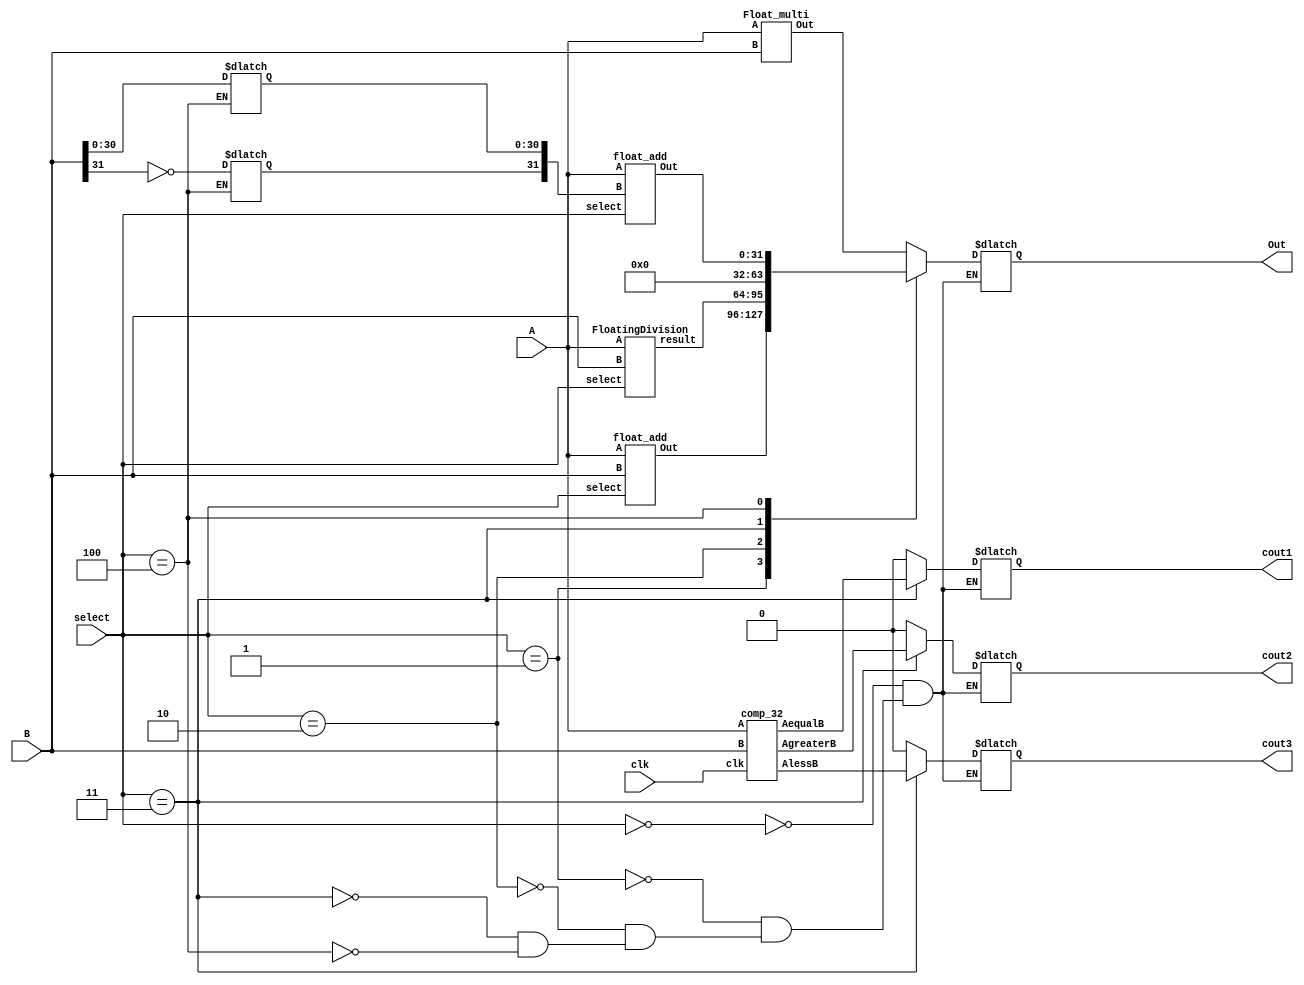
`timescale 1ns / 1ps

//////////////////////////////////////////////////////////////////////////////////

module source(output reg [31:0] Out,
    output reg  cout1,
    output reg  cout2,
    output reg  cout3, 
    input [31:0] A,
    input [31:0] B,
    input [2:0] select,
    input  clk
   
    );
 
wire [31:0] output1,output2,output3,output5;
wire output4,output6,output7;
 
reg [31:0] BS;
Float_multi fm1(output1,A,B);
float_add fa1(output2,A,B,select);
FloatingDivision fd1(A,B,select,output3);
comp_32 c1 (A,B,clk,output4,output6,output7);
float_add fs1(output5,A,BS,select);
 
always@(*)
begin
 
 
    case(select)
 
    3'b000: 
        begin
        Out = output1 ; 
        cout1 = 0;
        cout2 = 0;
        cout3 = 0;      
        end
        
    3'b001:
    begin
        Out = output2;
        cout1 = 0;
        cout2 = 0;
        cout3 = 0;
    end 
       
    3'b010:
    begin
        Out = output3;
        cout1 = 0;//sign
        cout2 = 0;
        cout3 = 0;
    end   
     
    3'b011:
    begin
        Out = 0;
        cout1 = output4;
        cout2 = output6;
        cout3 = output7;
    end 


    3'b100:
        begin
        BS[31] = ~B[31];
        BS[30:0] = B[30:0];
        Out = output5;
        cout1 = 0;
        cout2 = 0;
        cout3 = 0;
        end   
        
       /* default:
        begin 
        Out=32'b0;
        
        BS[31:0] = 0;
        cout1 = 1'b1;
        cout2 = 1'b1;
        cout3 = 1'b1;
        end*/
    endcase
end
   
endmodule

/////////Division////
module FloatingDivision(A,B,select,result);
input [31:0]A;
 input [31:0]B;

 input [2:0] select;
 output [31:0] result;
                         

wire [31:0] temp1,temp2,temp3,temp4,temp5,temp6,temp7,debug;
wire [7:0] Exponent;
wire [31:0] reciprocal;
wire [31:0] x0,x1,x2,x3;


Float_multi M1(.Out(temp1),.A({{1'b0,8'd126,B[22:0]}}),.B(32'h3ff0f0f1)); //verified
assign debug = {1'b1,temp1[30:0]};
float_add A1(.Out(x0),.A(32'h4034b4b5),.B({1'b1,temp1[30:0]}),.select(select));


Float_multi M2(.Out(temp2),.A({{1'b0,8'd126,B[22:0]}}),.B(x0));
float_add A2(.Out(temp3),.A(32'h40000000),.B({!temp2[31],temp2[30:0]}),.select(select));
Float_multi M3(.Out(x1),.A(x0),.B(temp3));


Float_multi M4(.Out(temp4),.A({1'b0,8'd126,B[22:0]}),.B(x1));
float_add A3(.Out(temp5),.A(32'h40000000),.B({!temp4[31],temp4[30:0]}),.select(select));
Float_multi M5(.Out(x2),.A(x1),.B(temp5));


Float_multi M6(.Out(temp6),.A({1'b0,8'd126,B[22:0]}),.B(x2));
float_add A4(.Out(temp7),.A(32'h40000000),.B({!temp6[31],temp6[30:0]}),.select(select));
Float_multi M7(.Out(x3),.A(x2),.B(temp7));


assign Exponent = x3[30:23]+8'd126-B[30:23];
assign reciprocal = {B[31],Exponent,x3[22:0]};


Float_multi M8(.Out(result),.A(A),.B(reciprocal));
endmodule

///////Add_sub/////
module float_add(
    output [31:0]  Out,
    input [31:0] A,
    input [31:0] B,
    input [2:0] select
    );
  
       reg [23:0] A_man,B_man;
       reg [24:0] man_final;
       reg [5:0] add1=0 ; reg [5:0]norm=0;
       reg sign = 0 ;
       reg [7:0] exp_final =0 ;
       wire [7:0] exp_diff,xA,xB;
       wire [23:0] mA,mB;
       wire check,ismsame;
       reg [4:0] i;
       
       
        
       assign mA = {1'b1,A[22:0]};
       assign mB = {1'b1,B[22:0]};
       assign xA = A[30:23];
       assign xB = B[30:23];
               
       assign exp_diff = (xA > xB)? (xA- xB) : (xB - xA);
       assign check = ( mA > mB ) ? 1'b1:1'b0;
       assign ismsame = (mA == mB);
       
       
       always @(*)
       begin
       
        if(A[31] == 0 && B[31] == 0)
        begin  
                    
                    if ((A[30:23] > B[30:23]))
                    begin 
                        A_man <= mA;       
                        B_man <=  mB >> exp_diff;   
                        exp_final = xA;
                    end      
                    else       
                    begin
                            B_man <= mB;
                            A_man <=  mA >> exp_diff;
                            exp_final = xB;
                    end
            
         man_final = A_man + B_man ;         
         
                  if(man_final[24]) 
                  begin
                 add1 = 1;
            man_final =  man_final >> 1;
                  end
                 else
            add1 = 0;
        end
    
        else if (A[31] == 1 && B[31] == 0)
        begin
          
        
            if(A[30:23] == B[30:23])
            begin
                A_man <= mA;
                B_man <= mB;
                exp_final = xA;                
                if( check )
                begin
                    sign = 1;
                    man_final = A_man - B_man;
                end
                else if(ismsame)
                begin
                    
                     man_final = 23'b0;
                     exp_final = 0;
                 end  
                 else
                 begin
                      
                      man_final = B_man - A_man;
                  end
              end
          
              else if ((A[30:23] > B[30:23]))
              begin 
                   A_man <= mA;       
                   B_man <=  mB >> exp_diff;   
                   exp_final = xA;
                   if(A_man > B_man)
                        man_final = A_man - B_man ;
                   else
                        man_final = B_man - A_man ;
                   sign = 1;
              end       
              
                else if(A[30:23]<B[30:23])          
                  begin
                B_man <= mB;
                   A_man <=  mA >> exp_diff;
                   exp_final = xB;
                   
                   if(A_man > B_man)
                   man_final = A_man - B_man ;
                   else
                   man_final = B_man - A_man ;
                   
                   end
// Normalization
      
      
       if(man_final[24]) 
                   begin
                    add1 = 1 ;
                   man_final =  man_final >> 1;
                   end
                else
                   add1 = 0;
  if(man_final[24] == 0 && man_final[23] == 0)
            
            for(i = 0; i < 23 ; i = i+1)    
                begin
                    if(man_final[i] == 1)
                     begin   
                        norm = (23 - i);
                        
                    end
                end                    
    man_final = man_final << norm;                                                                                                                                                                                                            
  end                                  
                                                                                                                                                                                                                                                                 
                
        
                 
    else if (A[31] == 0 && B[31] == 1)
        
          begin  
          
                if(A[30:23] == B[30:23])
                    begin
                    A_man <= mA;
                    B_man <= mB;
                    exp_final = xA;    
                        if( check )
                            begin
                           
                            man_final = A_man - B_man;
                            end
                         else if(ismsame)
                            begin
                            
                            man_final = 23'b0;
                            exp_final = 0;
                            end  
                        else
                            begin
                            sign = 1;
                            man_final = B_man - A_man;
                            end
                    end
          
               else if ((A[30:23] > B[30:23]))
                   begin 
                   A_man <= mA;       
                   B_man <=  mB >> exp_diff;   
                   exp_final = xA;
                   if(A_man > B_man)
                   man_final = A_man - B_man ;
                   else
                   man_final = B_man - A_man ;
                  
                   end      
              
                else if(A[30:23]<B[30:23])      
                   begin
                   B_man <= mB;
                   A_man <=  mA >> exp_diff;
                   exp_final = xB;
                   sign = 1;
                   if(A_man > B_man)
                   man_final = A_man - B_man ;
                   else
                   man_final = B_man - A_man ;
                   
                   end
            
                                                                      
               if(man_final[24]) 
                   begin
                    add1 = 1;
                   man_final =  man_final >> 1;
                   end
                else
                   add1 = 0;
                   
               if(man_final[24] == 0 && man_final[23] == 0)
                  
               for(i = 0; i < 23 ; i = i+1)    
                               begin
                                   if(man_final[i] == 1)
                                    begin   
                                       norm = (23- i);
                                       
                                   end
                               end                    
                   man_final = man_final << norm;             
                          
        end
     
     
     else if(A[31] == 1 && B[31] == 1)
        begin  
        sign = 1;
         if((A[30:23] == B[30:23]) && (ismsame) && (select == 3'b100))
           begin
           
           man_final = 23'b0;
           exp_final = 0;
           end             
        else begin   
          if ((A[30:23] > B[30:23]))
            begin 
            A_man <= mA;       
            B_man <=  mB >> exp_diff;   
            exp_final = xA;
            end      
       
         else       
            begin
            B_man <= mB;
            A_man <=  mA >> exp_diff;
            exp_final = xB;
            end
            
         man_final = A_man + B_man ;
         
           
        if(man_final[24]) 
            begin
             add1 = 1;
            man_final =  man_final >> 1;
            end
         else
            add1 = 0;
        end
        end
   end
              
      assign Out[22:0] = man_final[22:0];
        assign Out[30:23] = exp_final - norm + add1;
        assign Out[31] = sign;
     
   endmodule
   
 ////////Multiplier/////
   
  module Float_multi(
    output [31:0] Out,
    input [31:0] A,
    input [31:0] B
    );
 
reg [47:0] out;
reg [7:0]add;
 
 
wire [23:0] A_man ;
wire [23:0] B_man ;
 
assign A_man[23] = 1;
assign B_man[23] = 1;
 
assign A_man[22:0] = A[22:0];
assign B_man[22:0] = B[22:0];
wire chk = |A;
wire chk2 = |B;
 
 
assign Out[31] = A[31]^B[31];
 
always  @(*)
begin
 
if( chk == 0 )
begin
    out = 48'h0000_0000_0000;
    add = -110 ;
end
  else
    begin
    out[47:0] = A_man * B_man;
   
        if(out[47])
            add = 1;
        else
            add = 0;
    end
end
assign Out[22:0] = (out[47])? out[46:24] : out[45:23] ;
 
//wire [7:0] test = A[30:23] + B[30:23]+add-127;
assign Out[30:23] = A[30:23] + B[30:23]+add-127;
 
endmodule


//////Comparator////
module comp_32(input [31:0] A,
    input [31:0] B,
input clk,
    output reg AequalB,
    output reg AgreaterB,
    output reg AlessB
);
/*
reg [7:0] AE;
reg [7:0] BE;
reg [22:0] AM;
reg [22:0] BM;
*/

always @(posedge clk) begin
    /*AE = A[31:24];
    BE = B[31:24];
    AM = A[23:0];
    BM = B[23:0];
    */

    // Comparing sign bits
    if (A[31] == B[31]) begin
        if (A[31] == 1'b1) begin
            // A and B are both negative
            if (A > B) begin
                AgreaterB = 1'b1;
                AlessB = 1'b0;
                AequalB = 1'b0;
            end else if (A < B) begin
                AgreaterB = 1'b0;
                AlessB = 1'b1;
                AequalB = 1'b0;
            end else begin
                AgreaterB = 1'b0;
                AlessB = 1'b0;
                AequalB = 1'b1;
            end
        end else begin
            // A and B are both positive
            if (A > B) begin
                AgreaterB = 1'b1;
                AlessB = 1'b0;
                AequalB = 1'b0;
            end else if (A < B) begin
                AgreaterB = 1'b0;
                AlessB = 1'b1;
                AequalB = 1'b0;
            end else begin
                AgreaterB = 1'b0;
                AlessB = 1'b0;
                AequalB = 1'b1;
            end
        end
    end else begin
        // Signs are different
        if (A[31] == 1'b1) begin
            // A is negative, B is positive
            AgreaterB = 1'b0;
            AlessB = 1'b1;
            AequalB = 1'b0;
        end else begin
            // A is positive, B is negative
            AgreaterB = 1'b1;
            AlessB = 1'b0;
            AequalB = 1'b0;
        end
    end
end
endmodule